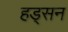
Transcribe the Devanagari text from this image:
हड्सन